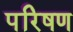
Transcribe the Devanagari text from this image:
परिषण